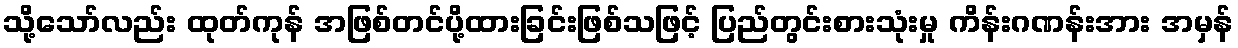
သို့သော်လည်း ထုတ်ကုန် အဖြစ်တင်ပို့ထားခြင်းဖြစ်သဖြင့် ပြည်တွင်းစားသုံးမှု ကိန်းဂဏန်းအား အမှန်